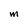
Character: M